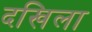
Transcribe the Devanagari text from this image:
दखिला